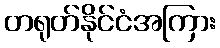
တရုတ်နိုင်ငံအကြား